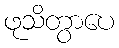
ဖုသိတွာပေ